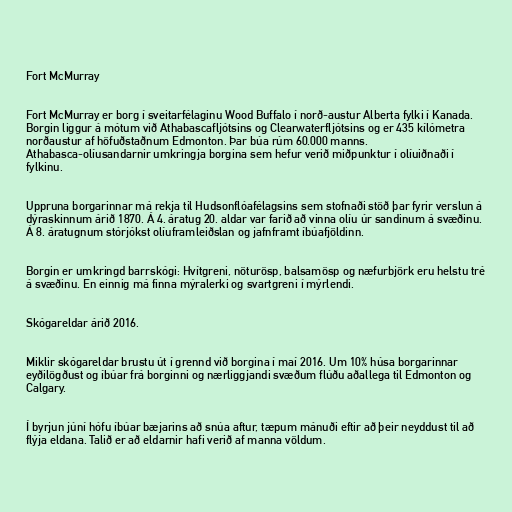
Fort McMurray

Fort McMurray er borg í sveitarfélaginu Wood Buffalo í norð-austur Alberta fylki í Kanada.
Borgin liggur á mótum við Athabascafljótsins og Clearwaterfljótsins og er 435 kílómetra
norðaustur af höfuðstaðnum Edmonton. Þar búa rúm 60.000 manns.
Athabasca-olíusandarnir umkringja borgina sem hefur verið miðpunktur í olíuiðnaði í
fylkinu.

Uppruna borgarinnar má rekja til Hudsonflóafélagsins sem stofnaði stöð þar fyrir verslun á
dýraskinnum árið 1870. Á 4. áratug 20. aldar var farið að vinna olíu úr sandinum á svæðinu.
Á 8. áratugnum stórjókst olíuframleiðslan og jafnframt íbúafjöldinn.

Borgin er umkringd barrskógi: Hvítgreni, nöturösp, balsamösp og næfurbjörk eru helstu tré
á svæðinu. En einnig má finna mýralerki og svartgreni í mýrlendi.

Skógareldar árið 2016.

Miklir skógareldar brustu út í grennd við borgina í maí 2016. Um 10% húsa borgarinnar
eyðilögðust og íbúar frá borginni og nærliggjandi svæðum flúðu aðallega til Edmonton og
Calgary.

Í byrjun júní hófu íbúar bæjarins að snúa aftur, tæpum mánuði eftir að þeir neyddust til að
flýja eldana. Talið er að eldarnir hafi verið af manna völdum.